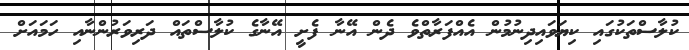
ކުލާސްތަކުގައި ކިޔަވައިދިނުމުން އެއްފަރާތްވެ ދެން އޭނާ ފެށީ އޭނާގެ ކުލާސްތައް ދަރިވަރުންނާއި ހަމައަށް